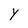
Character: y